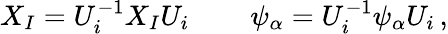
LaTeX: X_{I}=U_{i}^{-1}X_{I}U_{i}\, \qquad\psi_{\alpha}=U_{i}^{-1}\psi_{\alpha}U_{i}\, ,